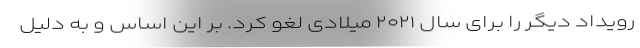
رویداد دیگر را برای سال ۲۰۲۱ میلادی لغو کرد. بر این اساس و به دلیل